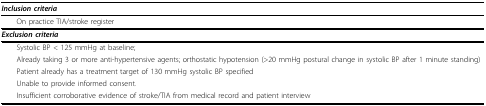
<table><thead><tr><td><b><i>Inclusion criteria</i></b></td></tr></thead><tbody><tr><td> On practice TIA/stroke register</td></tr><tr><td><b><i>Exclusion criteria</i></b></td></tr><tr><td> Systolic BP &lt; 125 mmHg at baseline;</td></tr><tr><td> Already taking 3 or more anti-hypertensive agents; orthostatic hypotension (&gt;20 mmHg postural change in systolic BP after 1 minute standing)</td></tr><tr><td> Patient already has a treatment target of 130 mmHg systolic BP specified</td></tr><tr><td> Unable to provide informed consent.</td></tr><tr><td> Insufficient corroborative evidence of stroke/TIA from medical record and patient interview</td></tr></tbody></table>